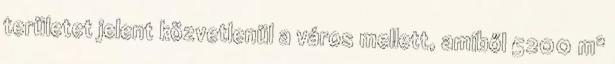
területet jelent közvetlenül a város mellett, amiből 5200 m²